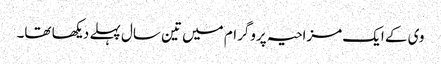
وی کے ایک مزاحیہ پروگرام میں تین سال پہلے دیکھا تھا۔